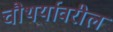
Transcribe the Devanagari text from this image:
चौथर्यावरील